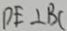
D E \bot B C